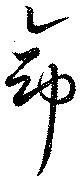
命